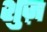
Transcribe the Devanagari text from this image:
शुज़